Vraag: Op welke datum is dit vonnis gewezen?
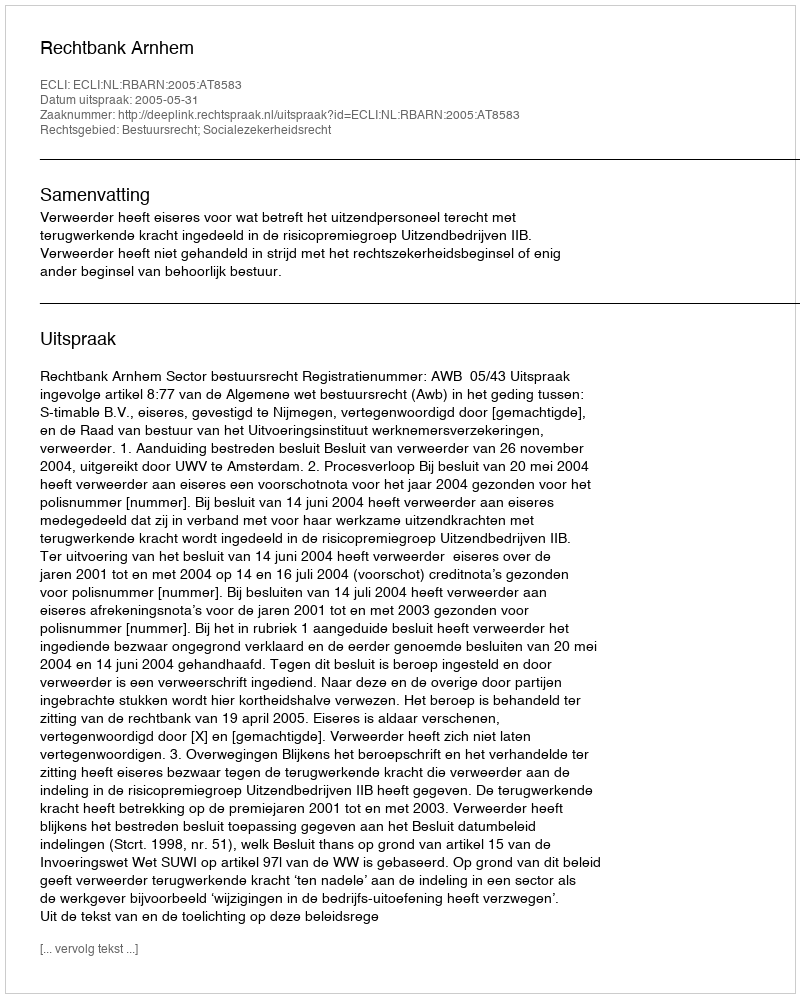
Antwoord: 2005-05-31